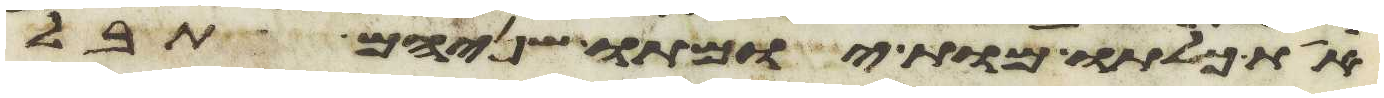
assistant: את כלתו מות יומתו שניהם תבל